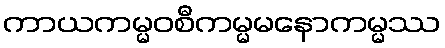
ကာယကမ္မဝစီကမ္မမနောကမ္မဿ